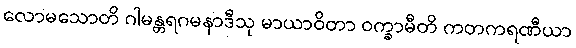
လောမသောတိ ဂါမန္တရဂမနာဒီသု မာယာဝိတာ ဝက္ခာမီတိ ကတကရဏီယာ